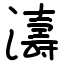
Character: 濤